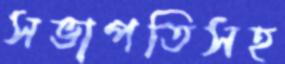
সভাপতিসহ